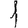
Digit: 1